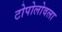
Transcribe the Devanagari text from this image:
टोपोलोवला